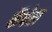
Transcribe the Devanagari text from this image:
कॅपेल